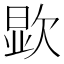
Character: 𪴯